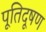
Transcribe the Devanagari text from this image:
पूतिदूषण